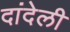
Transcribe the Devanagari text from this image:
दांदेली